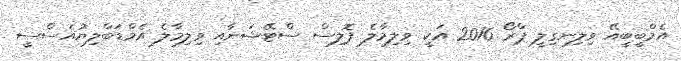
އެމްބީބީއޭ ވިލިނގިލީ ޕްރޯ 2016 އަކީ ވިލިމާލެ ޕޮލިސް ސްޓޭޝަނާއި ވިލިމާލެ އެމްޑަބްލިޔުއެސްސީ